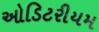
ઓડિટરીયમ